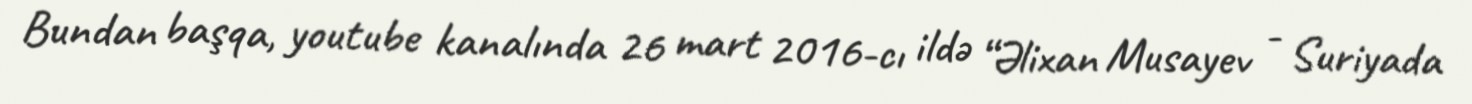
Bundan başqa, youtube kanalında 26 mart 2016-cı ildə “Əlixan Musayev - Suriyada